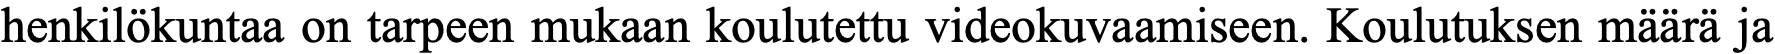
henkilökuntaa on tarpeen mukaan koulutettu videokuvaamiseen. Koulutuksen määrä ja